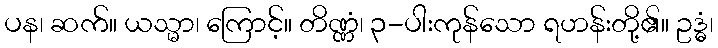
ပန၊ ဆက်။ ယသ္မာ၊ ကြောင့်။ တိဏ္ဏံ၊ ၃-ပါးကုန်သော ရဟန်းတို့၏။ ဥဒ္ဓံ၊